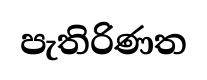
පැතිරිණත